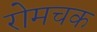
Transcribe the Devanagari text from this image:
रोमचक